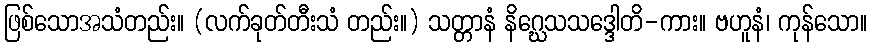
ဖြစ်သောအသံတည်း။ (လက်ခုတ်တီးသံ တည်း။) သတ္တာနံ နိဂ္ဃေသသဒ္ဒေါတိ-ကား။ ဗဟူနံ၊ ကုန်သော။